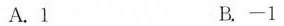
A.1 B.-1